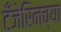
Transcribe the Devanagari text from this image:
टँजेरिनच्या